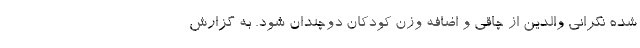
شده نگرانی والدین از چاقی و اضافه وزن کودکان دوچندان شود. به گزارش